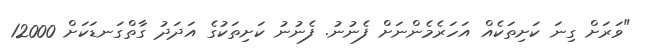
"ވަރަށް ގިނަ ކަށިތަކެއް އަހަރެމެންނަށް ފެނުނު. ފެނުނު ކަށިތަކުގެ އަދަދު ގާތްގަނޑަކަށް 12000